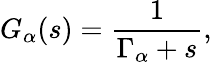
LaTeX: G_{\alpha}(s)=\frac{1}{\Gamma_{\alpha}+s},